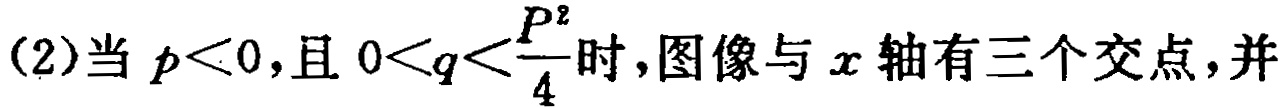
(2)当 \(p<0\)，且 \(0<q<\frac{p^{2}}{4}\)时，图像与 \(x\) 轴有三个交点，并